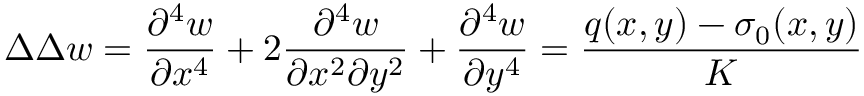
\Delta \Delta w = \frac { \partial ^ { 4 } w } { \partial x ^ { 4 } } + 2 \frac { \partial ^ { 4 } w } { \partial x ^ { 2 } \partial y ^ { 2 } } + \frac { \partial ^ { 4 } w } { \partial y ^ { 4 } } = \frac { q ( x , y ) - \sigma _ { 0 } ( x , y ) } { K }